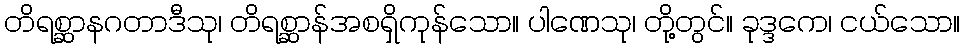
တိရစ္ဆာနဂတာဒီသု၊ တိရစ္ဆာန်အစရှိကုန်သော။ ပါဏေသု၊ တို့တွင်။ ခုဒ္ဒကေ၊ ငယ်သော။